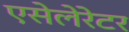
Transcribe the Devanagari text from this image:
एसेलेरेटर